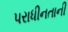
પરાધીનતાની